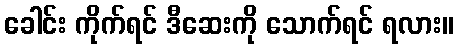
ခေါင်း ကိုက်ရင် ဒီဆေးကို သောက်ရင် ရလား။